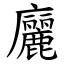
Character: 廲